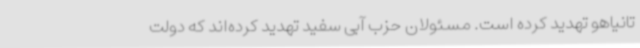
تانیاهو تهدید کرده است. مسئولان حزب آبی سفید تهدید کرده‌اند که دولت